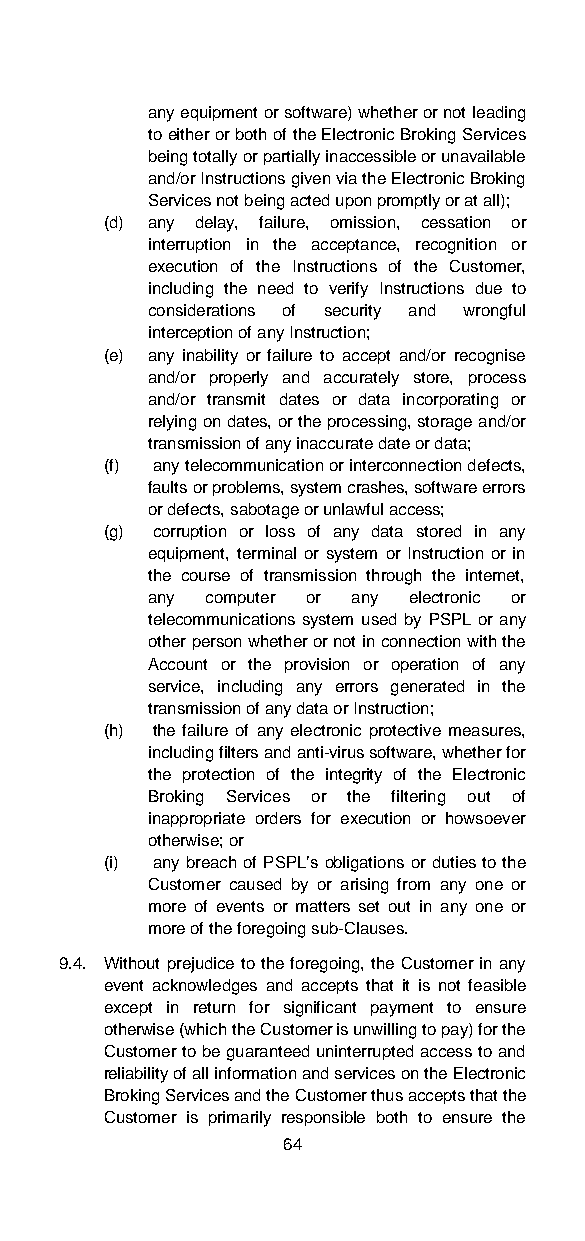
any equipment or software) whether or not leading
 to either or both of the Electronic Broking Services
 being totally or partially inaccessible or unavailable
 and/or Instructions given via the Electronic Broking
 Services not being acted upon promptly or at all);
 (d) any delay, failure, omission, cessation or
 interruption in the acceptance, recognition or
 execution of the Instructions of the Customer,
 including the need to verify Instructions due to
 considerations of security and wrongful
 interception of any Instruction;
 (e) any inability or failure to accept and/or recognise
 and/or properly and accurately store, process
 and/or transmit dates or data incorporating or
 relying on dates, or the processing, storage and/or
 transmission of any inaccurate date or data;
 (f) any telecommunication or interconnection defects,
 faults or problems, system crashes, software errors
 or defects, sabotage or unlawful access;
 (g) corruption or loss of any data stored in any
 equipment, terminal or system or Instruction or in
 the course of transmission through the internet,
 any computer or any electronic or
 telecommunications system used by PSPL or any
 other person whether or not in connection with the
 Account or the provision or operation of any
 service, including any errors generated in the
 transmission of any data or Instruction;
 (h) the failure of any electronic protective measures,
 including filters and anti-virus software, whether for
 the protection of the integrity of the Electronic
 Broking Services or the filtering out of
 inappropriate orders for execution or howsoever
 otherwise; or
 (i) any breach of PSPL’s obligations or duties to the
 Customer caused by or arising from any one or
 more of events or matters set out in any one or
 more of the foregoing sub-Clauses.
 9.4. Without prejudice to the foregoing, the Customer in any
 event acknowledges and accepts that it is not feasible
 except in return for significant payment to ensure
 otherwise (which the Customer is unwilling to pay) for the
 Customer to be guaranteed uninterrupted access to and
 reliability of all information and services on the Electronic
 Broking Services and the Customer thus accepts that the
 Customer is primarily responsible both to ensure the
 64